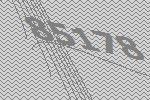
85178